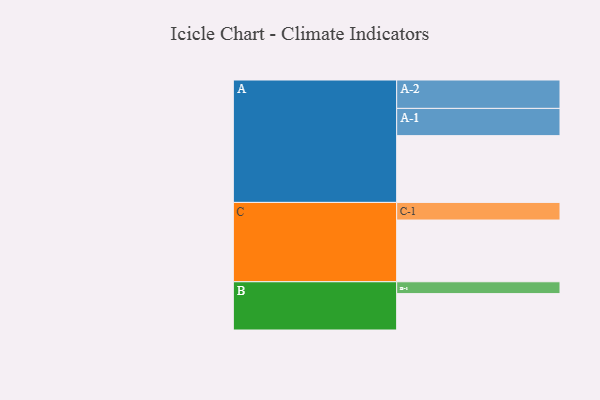
{"axis": {"x": "Segment", "y": "Value"}, "legend": ["", "A", "B", "C"], "data": [{"x": "A", "y": 569, "type": ""}, {"x": "B", "y": 310, "type": ""}, {"x": "C", "y": 526, "type": ""}, {"x": "A-1", "y": 232, "type": "A"}, {"x": "A-2", "y": 242, "type": "A"}, {"x": "B-1", "y": 101, "type": "B"}, {"x": "C-1", "y": 150, "type": "C"}]}